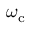
\omega _ { \mathrm { c } }